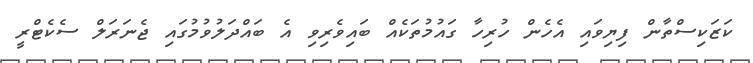
ކަޒަކިސްތާން ފިޔިވައި އެހެން ހުރިހާ ގައުމުތަކެއް ބައިވެރިވި އެ ބައްދަލުވުމުގައި ޖެނަރަލް ސެކެޓްރީ